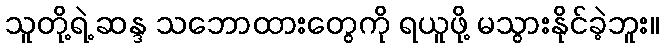
သူတို့ရဲ့ ဆန္ဒ သဘောထားတွေကို ရယူဖို့ မသွားနိုင်ခဲ့ဘူး။